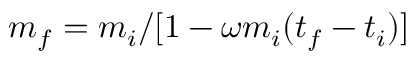
m _ { f } = m _ { i } / [ 1 - \omega m _ { i } ( t _ { f } - t _ { i } ) ]